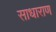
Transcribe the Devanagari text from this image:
साधाराण